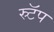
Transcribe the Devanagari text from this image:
स्र्टॅप